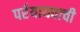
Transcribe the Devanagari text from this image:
पर्रयायवाची